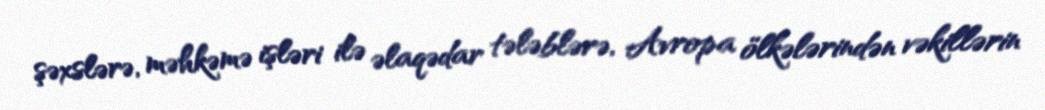
şəxslərə, məhkəmə işləri ilə əlaqədar tələblərə, Avropa ölkələrindən vəkillərin